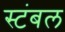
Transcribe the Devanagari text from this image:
स्टंबल